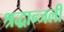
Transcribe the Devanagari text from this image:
श्रद्धान्जली